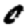
Digit: 0